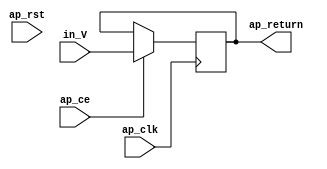
// This program was cloned from: https://github.com/zainryan/INSIDER-System
// License: MIT License

// ==============================================================
// RTL generated by Vivado(TM) HLS - High-Level Synthesis from C, C++ and SystemC
// Version: 2017.4.op
// Copyright (C) 1986-2018 Xilinx, Inc. All Rights Reserved.
// 
// ===========================================================

`timescale 1 ns / 1 ps 

module reg_ap_int_base_513_false_false_s (
        ap_clk,
        ap_rst,
        in_V,
        ap_return,
        ap_ce
);


input   ap_clk;
input   ap_rst;
input  [16:0] in_V;
output  [16:0] ap_return;
input   ap_ce;

reg[16:0] ap_return;

wire    ap_block_state1_pp0_stage0_iter0;
wire    ap_block_state2_pp0_stage0_iter1;
wire    ap_block_pp0_stage0_11001;

always @ (posedge ap_clk) begin
    if (((1'b0 == ap_block_pp0_stage0_11001) & (1'b1 == ap_ce))) begin
        ap_return <= in_V;
    end
end

assign ap_block_pp0_stage0_11001 = ~(1'b1 == 1'b1);

assign ap_block_state1_pp0_stage0_iter0 = ~(1'b1 == 1'b1);

assign ap_block_state2_pp0_stage0_iter1 = ~(1'b1 == 1'b1);

endmodule //reg_ap_int_base_513_false_false_s